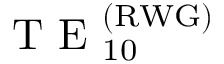
\mathrm { ~ T ~ E ~ } _ { 1 0 } ^ { ( \mathrm { R W G } ) }